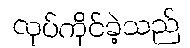
လုပ်ကိုင်ခဲ့သည်